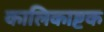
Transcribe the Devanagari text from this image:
कालिकाष्टक